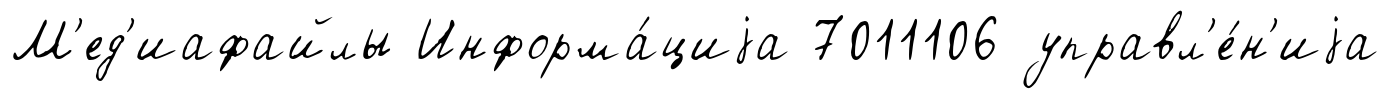
М'ед'иафайлы Информа́циjа 7011106 управл'е́н'иjа